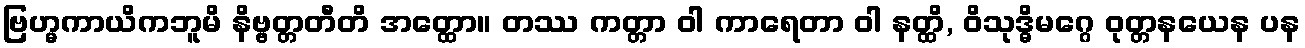
ဗြဟ္မကာယိကဘူမိ နိဗ္ဗတ္တတီတိ အတ္ထော။ တဿ ကတ္တာ ဝါ ကာရေတာ ဝါ နတ္ထိ, ဝိသုဒ္ဓိမဂ္ဂေ ဝုတ္တနယေန ပန